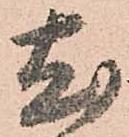
尤